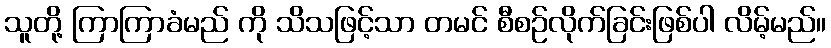
သူတို့ ကြာကြာခံမည် ကို သိသဖြင့်သာ တမင် စီစဉ်လိုက်ခြင်းဖြစ်ပါ လိမ့်မည်။